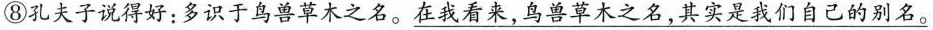
⑧孔夫子说得好：多识于鸟兽草木之名。\underline{在我看来，鸟兽草木之名，其实是我们自己的别名。}